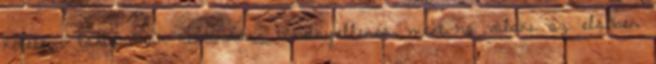
kötelező tartásának kimondása törvényellenes, mert ha valaki az elsőben